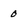
Character: 0